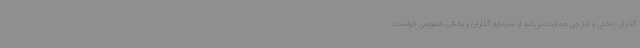
گذاران داخلی و خارجی حمایت می‌کند از سرمایه گذاران و بخش خصوصی خواست